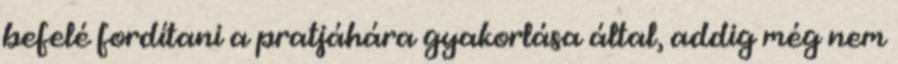
befelé fordítani a pratjáhára gyakorlása által, addig még nem